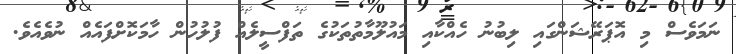
ނަމަވެސް މި އޮޕަރޭޝަންގައި ލިބުނު ހެއްކާއި މައުލޫމާތުތަކުގެ ތަފްސީލެއް ފުލުހުން ހާމަކޮށްފައެއް ނުވެއެވެ.